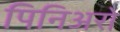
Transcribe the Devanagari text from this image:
पिनिअरो